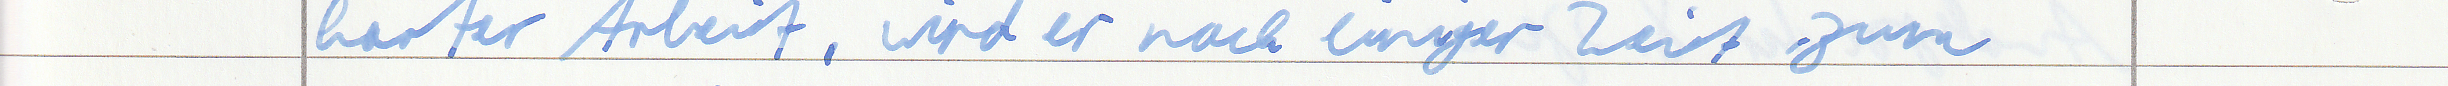
harter Arbeit, wird er nach einiger Zeit zum